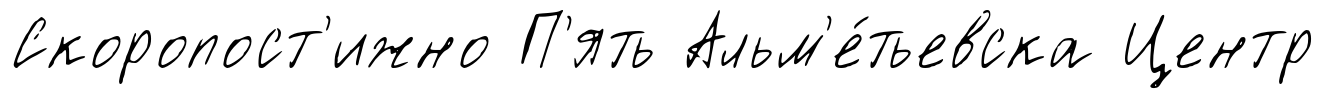
Скоропост'ижно П'ять Альм'е́тьевска Центр